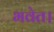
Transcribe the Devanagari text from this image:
भवेत।